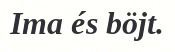
Ima és böjt.